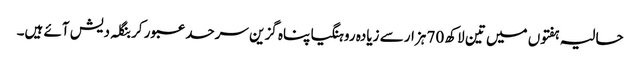
حالیہ ہفتوں میں تین لاکھ 70 ہزار سے زیادہ روہنگیا پناہ گزین سرحد عبور کر بنگلہ دیش آئے ہیں۔